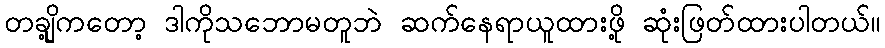
တချို့ကတော့ ဒါကိုသဘောမတူဘဲ ဆက်နေရာယူထားဖို့ ဆုံးဖြတ်ထားပါတယ်။